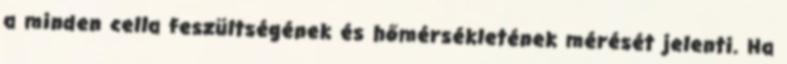
a minden cella feszültségének és hőmérsékletének mérését jelenti. Ha